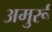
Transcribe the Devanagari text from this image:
अमुर्रू